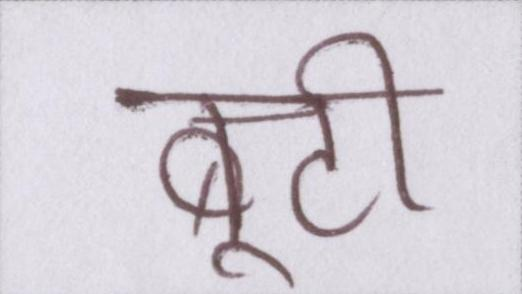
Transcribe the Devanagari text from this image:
बूटी